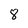
Character: 8